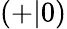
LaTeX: \left(+|0\right)